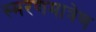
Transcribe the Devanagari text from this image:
स्मरणमात्रेण